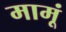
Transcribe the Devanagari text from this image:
मामूं